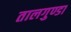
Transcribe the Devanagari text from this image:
तालगुण्डा